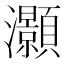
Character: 灝